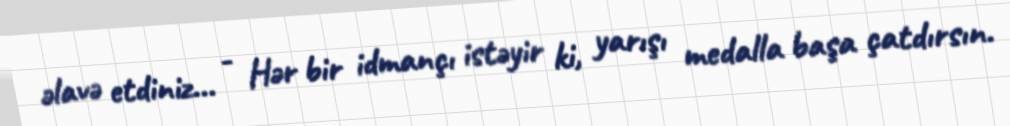
əlavə etdiniz... - Hər bir idmançı istəyir ki, yarışı medalla başa çatdırsın.